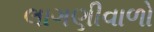
લાગણીવાળો